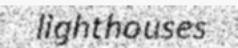
lighthouses